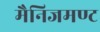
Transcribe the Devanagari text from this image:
मैनिजमण्ट